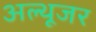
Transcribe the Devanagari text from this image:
अल्थूजर